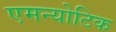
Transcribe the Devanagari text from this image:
एमन्योटिक